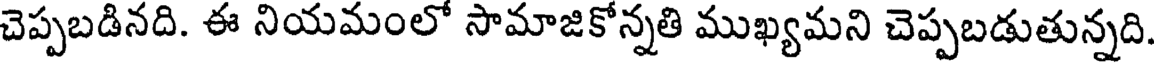
చెప్పబడినది. ఈ నియమంలో సామాజికోన్నతి ముఖ్యమని చెప్పబడుతున్నది